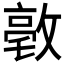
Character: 𪯒